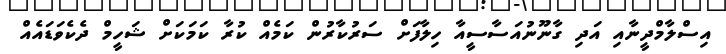
އިސްލާމްދީނާއި އަދި ގާނޫނުއަސާސީއާ ހިލާފަށް ސަރުކާރުން ކަމެއް ކުރާ ކަމަކަށް ޝަހީމް ދެކެވަޑައެއް